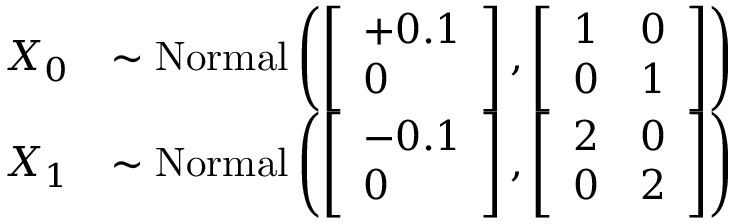
\begin{array} { r l } { X _ { 0 } } & { \sim \mathrm { N o r m a l } \left( \left[ \begin{array} { l } { + 0 . 1 } \\ { 0 } \end{array} \right] , \left[ \begin{array} { l l } { 1 } & { 0 } \\ { 0 } & { 1 } \end{array} \right] \right) } \\ { X _ { 1 } } & { \sim \mathrm { N o r m a l } \left( \left[ \begin{array} { l } { - 0 . 1 } \\ { 0 } \end{array} \right] , \left[ \begin{array} { l l } { 2 } & { 0 } \\ { 0 } & { 2 } \end{array} \right] \right) } \end{array}